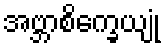
အဗ္ဘာစိက္ခေယျုံ